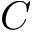
C